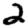
Digit: 2